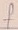
Text: f